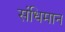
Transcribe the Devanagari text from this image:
संधिमान